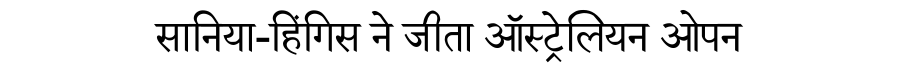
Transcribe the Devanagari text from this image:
सानिया-हिंगिस ने जीता ऑस्ट्रेलियन ओपन